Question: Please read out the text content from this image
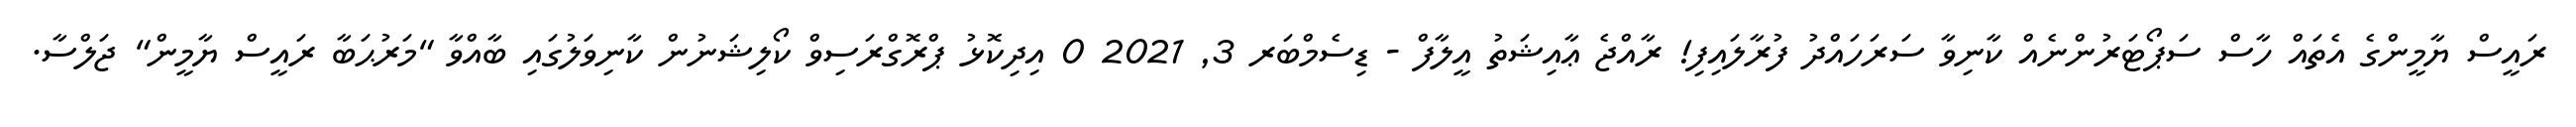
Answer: ރައީސް ޔާމީންގެ އެތައް ހާސް ސަޕޯޓަރުންނެއް ކާނިވާ ސަރަހައްދު ފުރާލައިފި! ރާއްޖެ ޢާއިޝަތު އީލާފް - ޑިސެމްބަރ 3, 2021 0 އިދިކޮޅު ޕްރޮގްރަސިވް ކޯލިޝަނުން ކާނިވަލުގައި ބާއްވާ "މަރުޙަބާ ރައީސް ޔާމީން" ޖަލްސާ.